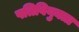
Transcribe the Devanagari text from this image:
पतिवियुक्ता